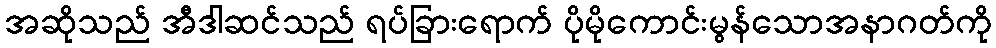
အဆိုသည် အီဒါဆင်သည် ရပ်ခြားရောက် ပိုမိုကောင်းမွန်သောအနာဂတ်ကို